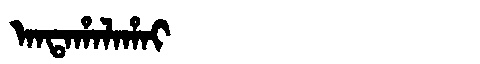
Manchu: ᠠᠨᡨᠠᡥᠠᠯᠠᡥᠠᡳ
Romanization: ANTAHALAHAI